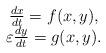
LaTeX: \begin{align*}\begin{array}{c}\frac{dx}{dt}=f(x,y),\\\varepsilon\frac{dy}{dt}=g(x,y).\end{array}\end{align*}